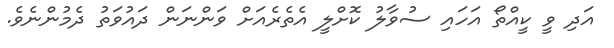
އަދި ވީ ކީއްތޯ އަހައި ސުވާލު ކޮށްލީ އެތެރެއަށް ވަންނަން ދައުވަތު ދެމުންނެވެ.